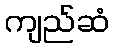
ကျည်ဆံ